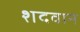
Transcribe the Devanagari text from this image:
शदवान